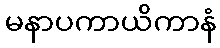
မနာပကာယိကာနံ